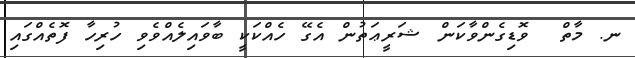
ނ. މާތް  ވޮޑިގެންވާކަން ޝަރީޢަތުން އެގޭ ހެއްކަކީ ބާވައިލެއްވެވި ހުރިހާ ފޮތެއްގައި